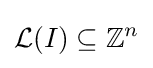
{\mathcal {L}}(I)\subseteq \mathbb {Z} ^{n}